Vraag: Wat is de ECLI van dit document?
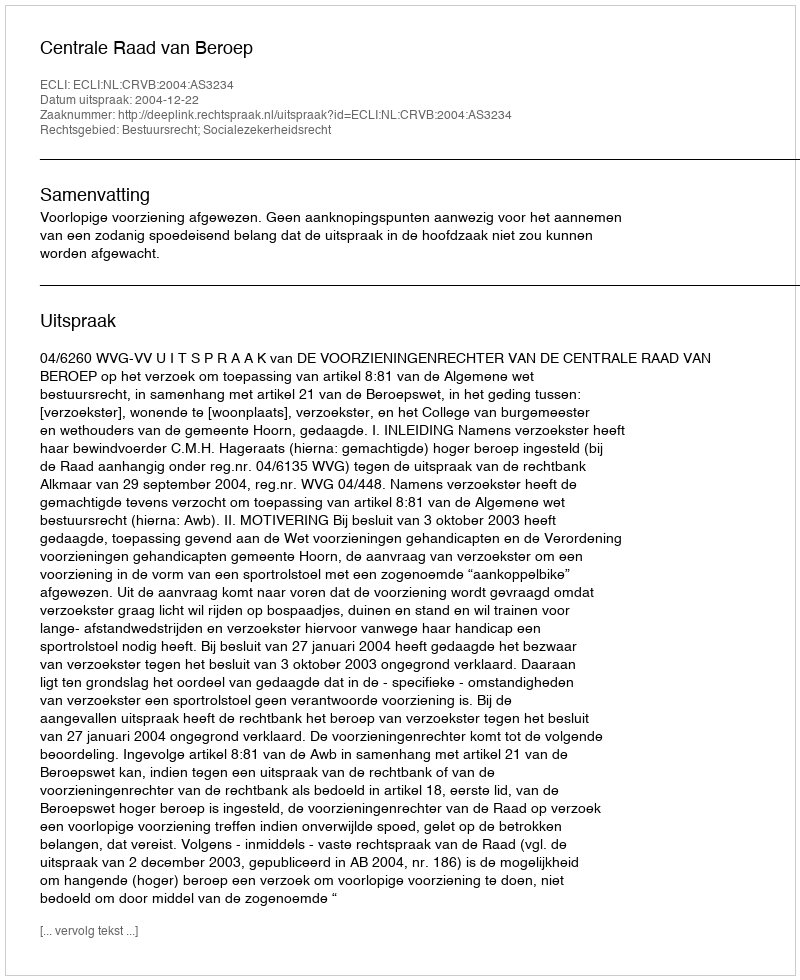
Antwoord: ECLI:NL:CRVB:2004:AS3234